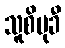
သူစိမုခီ